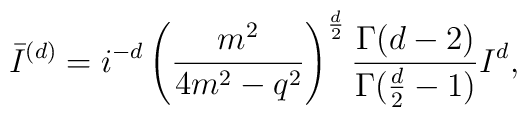
\bar{I}^{(d)}=i^{-d} \left( \frac{m^2}{4m^2-q^2}\right)^{\frac{d}{2}}\frac{\Gamma(d-2)}{\Gamma(\frac{d}{2}-1)} I^{d},